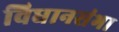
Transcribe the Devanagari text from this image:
विधानसंभा